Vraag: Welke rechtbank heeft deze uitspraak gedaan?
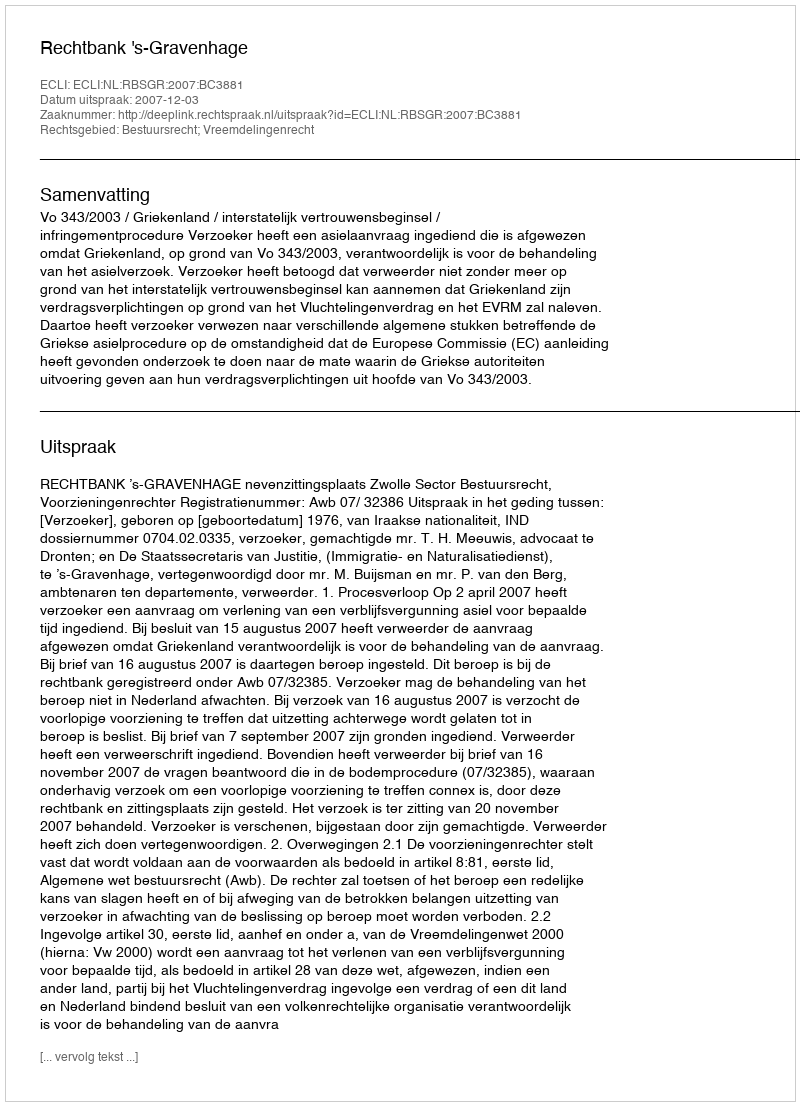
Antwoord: Rechtbank 's-Gravenhage